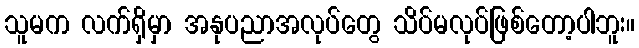
သူမက လက်ရှိမှာ အနုပညာအလုပ်တွေ သိပ်မလုပ်ဖြစ်တော့ပါဘူး။